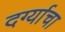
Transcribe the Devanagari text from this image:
दर्ग्याचा